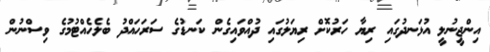
އިންޖީނުލީ އުޅަނދުގައި ރިޔާ ހަރުކޮށް ރިޔަލުގައި ދުއްވައިގެން ކަނޑުގެ ސަރަހައްދު ބެލެހެއްޓުމުގެ ވިސްނުން